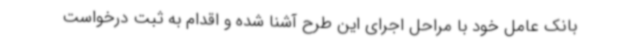
بانک عامل خود با مراحل اجرای این طرح آشنا شده و اقدام به ثبت درخواست